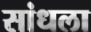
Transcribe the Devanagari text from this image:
सांधला